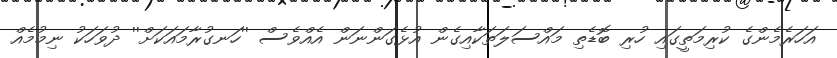
އަހަރެމެންގެ ކުރިމަތީގައި ހުރި ބޮޑެތި މައްސަލަތަކާއިގެން އުޅެގަންނަން އެއްވެސް ''ހަނގުރާމައަކަށް'' ދުވަހަކު ނިމުމެއް